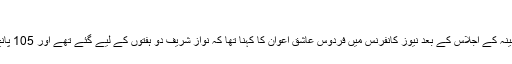
‘
قبل ازین منگل کو کابینہ کے اجلاس کے بعد نیوز کانفرنس میں فردوس عاشق اعوان کا کہنا تھا کہ نواز شریف دو ہفتوں کے لیے گئے تھے اور 105 پانچ دن وہیں گزار دیے۔